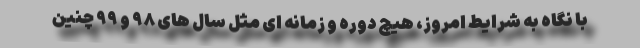
با نگاه به شرایط امروز، هیچ دوره و زمانه ای مثل سال های ۹۸ و ۹۹ چنین